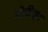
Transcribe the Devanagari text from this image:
गोपीश्वर